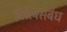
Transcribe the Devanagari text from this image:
इंद्रियसंबंध